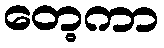
တေ့ကာ